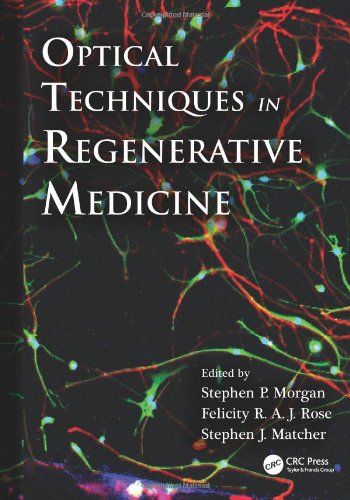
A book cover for Optical Techniques in Regenerative Medicine; Medical Books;